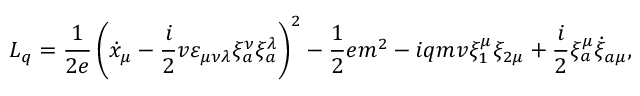
L _ { q } = \frac { 1 } { 2 e } \left( \dot { x } _ { \mu } - \frac { i } { 2 } v \varepsilon _ { \mu \nu \lambda } \xi _ { a } ^ { \nu } \xi _ { a } ^ { \lambda } \right) ^ { 2 } - \frac { 1 } { 2 } e m ^ { 2 } - i q m v \xi _ { 1 } ^ { \mu } \xi _ { 2 \mu } + \frac { i } { 2 } \xi _ { a } ^ { \mu } \dot { \xi } _ { a \mu } ,